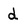
Character: d